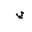
Letter: _ya